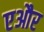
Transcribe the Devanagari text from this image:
एऔर